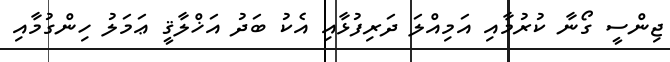
ޖިންސީ ގޯނާ ކުރުމާއި އަމިއްލަ ދަރިފުޅާއި އެކު ބަދު އަޚްލާޤީ ޢަމަލު ހިންގުމާއި